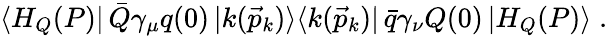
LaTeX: \langle H_{Q}(P)|\, \bar{Q}\gamma_{\mu}q(0)\, |k(\vec{p}_{k})\rangle\langle k(\vec{p}_{k})|\, \bar{q}\gamma_{\nu}Q(0)\, |H_{Q}(P)\rangle\; .